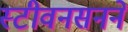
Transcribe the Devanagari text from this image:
स्टीवनसनने